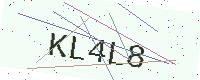
Text: KL4L8